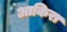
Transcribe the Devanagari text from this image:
आकिरा